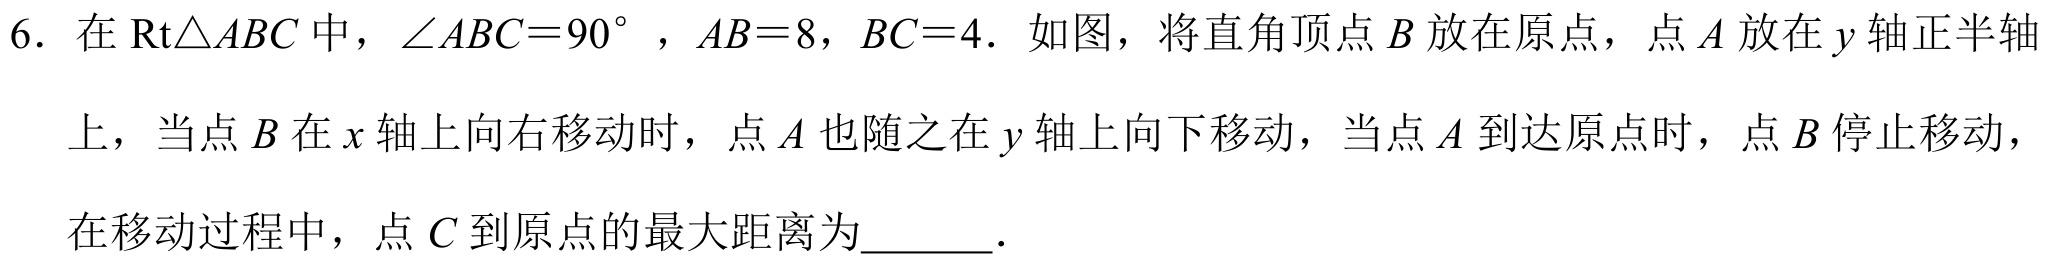
6. 在\(\text{Rt}\triangle ABC\)中，\(\angle ABC = 90^{\circ}\)，\(AB = 8\)，\(BC = 4\). 如图，将直角顶点\(B\)放在原点，点\(A\)放在\(y\)轴正半轴上，当点\(B\)在\(x\)轴上向右移动时，点\(A\)也随之在\(y\)轴上向下移动，当点\(A\)到达原点时，点\(B\)停止移动，在移动过程中，点\(C\)到原点的最大距离为______.